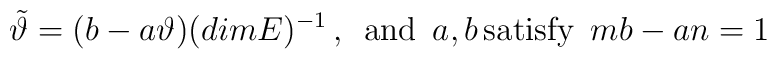
\tilde \vartheta = (b-a\vartheta)(dim E)^{-1} \,  , \enspace \mbox{and} \enspace  a, b \, \mbox{satisfy} \enspace  mb - an = 1